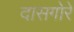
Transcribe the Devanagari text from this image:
दासगोरे